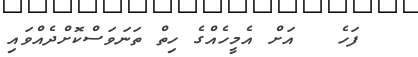
ފަހެ   އަށް އެމީހެއްގެ ހިތް ތަނަވަސްކޮށްދެއްވައި